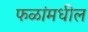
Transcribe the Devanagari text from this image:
फळांमधील